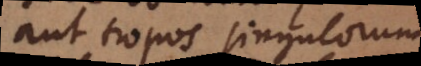
aut tropos singulorum